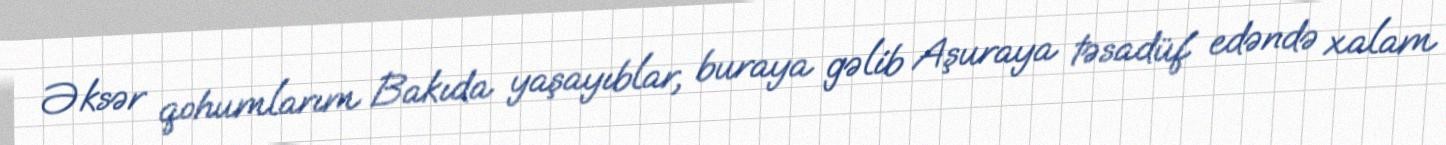
Əksər qohumlarım Bakıda yaşayıblar, buraya gəlib Aşuraya təsadüf edəndə xalam